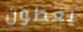
يعطون